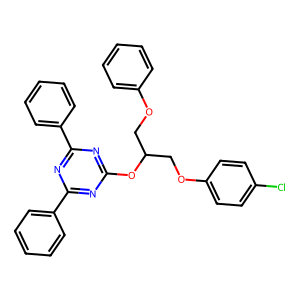
SMILES: Clc1ccc(OCC(COc2ccccc2)Oc2nc(-c3ccccc3)nc(-c3ccccc3)n2)cc1
Inhibits HIV replication: No